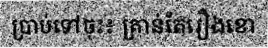
ប្រាប់ទៅចុះ៖ គ្រាន់តែរឿងខោ